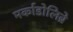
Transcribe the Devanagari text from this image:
मर्काडोलिब्रे